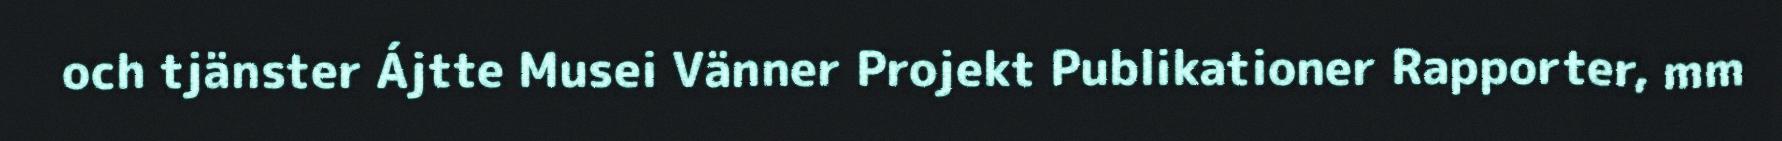
och tjänster Ájtte Musei Vänner Projekt Publikationer Rapporter, mm